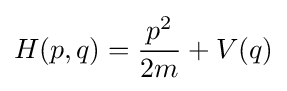
H(p,q)={\frac {p^{2}}{2m}}+V(q)